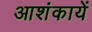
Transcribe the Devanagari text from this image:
आशंकायें